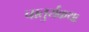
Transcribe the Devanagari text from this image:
चातुर्यकथा